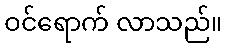
ဝင်ရောက် လာသည်။